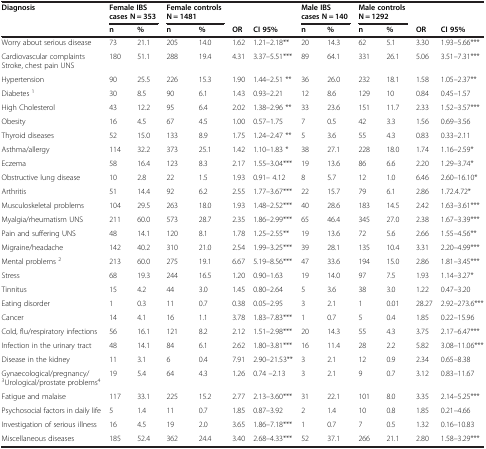
<table><thead><tr><td><b>Diagnosis</b></td><td colspan="2"><b>Female IBS cases N = 353</b></td><td colspan="2"><b>Female controls N = 1481</b></td><td><b> </b></td><td><b> </b></td><td colspan="2"><b>Male IBS cases N = 140</b></td><td colspan="2"><b>Male controls N = 1292</b></td><td><b> </b></td><td><b> </b></td></tr><tr><td><b> </b></td><td><b>n</b></td><td><b>%</b></td><td><b>n</b></td><td><b>%</b></td><td><b>OR</b></td><td><b>CI 95%</b></td><td><b>n</b></td><td><b>%</b></td><td><b>n</b></td><td><b>%</b></td><td><b>OR</b></td><td><b>CI 95%</b></td></tr></thead><tbody><tr><td>Worry about serious disease</td><td>73</td><td>21.1</td><td>205</td><td>14.0</td><td>1.62</td><td>1.21–2.18**</td><td>20</td><td>14.3</td><td>62</td><td>5.1</td><td>3.30</td><td>1.93–5.66***</td></tr><tr><td>Cardiovascular complaints Stroke, chest pain UNS</td><td>180</td><td>51.1</td><td>288</td><td>19.4</td><td>4.31</td><td>3.37–5.51***</td><td>89</td><td>64.1</td><td>331</td><td>26.1</td><td>5.06</td><td>3.51–7.31***</td></tr><tr><td>Hypertension</td><td>90</td><td>25.5</td><td>226</td><td>15.3</td><td>1.90</td><td>1.44–2.51 **</td><td>36</td><td>26.0</td><td>232</td><td>18.1</td><td>1.58</td><td>1.05–2.37**</td></tr><tr><td>Diabetes <sup>1</sup></td><td>30</td><td>8.5</td><td>90</td><td>6.1</td><td>1.43</td><td>0.93–2.21</td><td>12</td><td>8.6</td><td>129</td><td>10</td><td>0.84</td><td>0.45–1.57</td></tr><tr><td>High Cholesterol</td><td>43</td><td>12.2</td><td>95</td><td>6.4</td><td>2.02</td><td>1.38–2.96 **</td><td>33</td><td>23.6</td><td>151</td><td>11.7</td><td>2.33</td><td>1.52–3.57***</td></tr><tr><td>Obesity</td><td>16</td><td>4.5</td><td>67</td><td>4.5</td><td>1.00</td><td>0.57–1.75</td><td>7</td><td>0.5</td><td>42</td><td>3.3</td><td>1.56</td><td>0.69–3.56</td></tr><tr><td>Thyroid diseases</td><td>52</td><td>15.0</td><td>133</td><td>8.9</td><td>1.75</td><td>1.24–2.47 **</td><td>5</td><td>3.6</td><td>55</td><td>4.3</td><td>0.83</td><td>0.33–2.11</td></tr><tr><td>Asthma/allergy</td><td>114</td><td>32.2</td><td>373</td><td>25.1</td><td>1.42</td><td>1.10–1.83 *</td><td>38</td><td>27.1</td><td>228</td><td>18.0</td><td>1.74</td><td>1.16–2.59*</td></tr><tr><td>Eczema</td><td>58</td><td>16.4</td><td>123</td><td>8.3</td><td>2.17</td><td>1.55–3.04***</td><td>19</td><td>13.6</td><td>86</td><td>6.6</td><td>2.20</td><td>1.29–3.74*</td></tr><tr><td>Obstructive lung disease</td><td>10</td><td>2.8</td><td>22</td><td>1.5</td><td>1.93</td><td>0.91– 4.12</td><td>8</td><td>5.7</td><td>12</td><td>1.0</td><td>6.46</td><td>2.60–16.10*</td></tr><tr><td>Arthritis</td><td>51</td><td>14.4</td><td>92</td><td>6.2</td><td>2.55</td><td>1.77–3.67***</td><td>22</td><td>15.7</td><td>79</td><td>6.1</td><td>2.86</td><td>1.72.4.72*</td></tr><tr><td>Musculoskeletal problems</td><td>104</td><td>29.5</td><td>263</td><td>18.0</td><td>1.93</td><td>1.48–2.52***</td><td>40</td><td>28.6</td><td>183</td><td>14.5</td><td>2.42</td><td>1.63–3.61***</td></tr><tr><td>Myalgia/rheumatism UNS</td><td>211</td><td>60.0</td><td>573</td><td>28.7</td><td>2.35</td><td>1.86–2.99***</td><td>65</td><td>46.4</td><td>345</td><td>27.0</td><td>2.38</td><td>1.67–3.39***</td></tr><tr><td>Pain and suffering UNS</td><td>48</td><td>14.1</td><td>120</td><td>8.1</td><td>1.78</td><td>1.25–2.55**</td><td>19</td><td>13.6</td><td>72</td><td>5.6</td><td>2.66</td><td>1.55–4.56**</td></tr><tr><td>Migraine/headache</td><td>142</td><td>40.2</td><td>310</td><td>21.0</td><td>2.54</td><td>1.99–3.25***</td><td>39</td><td>28.1</td><td>135</td><td>10.4</td><td>3.31</td><td>2.20–4.99***</td></tr><tr><td>Mental problems <sup>2</sup></td><td>213</td><td>60.0</td><td>275</td><td>19.1</td><td>6.67</td><td>5.19–8.56***</td><td>47</td><td>33.6</td><td>194</td><td>15.0</td><td>2.86</td><td>1.81–3.45***</td></tr><tr><td>Stress</td><td>68</td><td>19.3</td><td>244</td><td>16.5</td><td>1.20</td><td>0.90–1.63</td><td>19</td><td>14.0</td><td>97</td><td>7.5</td><td>1.93</td><td>1.14–3.27*</td></tr><tr><td>Tinnitus</td><td>15</td><td>4.2</td><td>44</td><td>3.0</td><td>1.45</td><td>0.80–2.64</td><td>5</td><td>3.6</td><td>38</td><td>3.0</td><td>1.22</td><td>0.47–3.20</td></tr><tr><td>Eating disorder</td><td>1</td><td>0.3</td><td>11</td><td>0.7</td><td>0.38</td><td>0.05–2.95</td><td>3</td><td>2.1</td><td>1</td><td>0.01</td><td>28.27</td><td>2.92–273.6***</td></tr><tr><td>Cancer</td><td>14</td><td>4.1</td><td>16</td><td>1.1</td><td>3.78</td><td>1.83–7.83***</td><td>1</td><td>0.7</td><td>5</td><td>0.4</td><td>1.85</td><td>0.22–15.96</td></tr><tr><td>Cold, flu/respiratory infections</td><td>56</td><td>16.1</td><td>121</td><td>8.2</td><td>2.12</td><td>1.51–2.98***</td><td>20</td><td>14.3</td><td>55</td><td>4.3</td><td>3.75</td><td>2.17–6.47***</td></tr><tr><td>Infection in the urinary tract</td><td>48</td><td>14.1</td><td>84</td><td>6.1</td><td>2.62</td><td>1.80–3.81***</td><td>16</td><td>11.4</td><td>28</td><td>2.2</td><td>5.82</td><td>3.08–11.06***</td></tr><tr><td>Disease in the kidney</td><td>11</td><td>3.1</td><td>6</td><td>0.4</td><td>7.91</td><td>2.90–21.53**</td><td>3</td><td>2.1</td><td>12</td><td>0.9</td><td>2.34</td><td>0.65–8.38</td></tr><tr><td>Gynaecological/pregnancy/ <sup>3</sup>Urological/prostate problems<sup>4</sup></td><td>19</td><td>5.4</td><td>64</td><td>4.3</td><td>1.26</td><td>0.74 –2.13</td><td>3</td><td>2.1</td><td>9</td><td>0.7</td><td>3.12</td><td>0.83–11.67</td></tr><tr><td>Fatigue and malaise</td><td>117</td><td>33.1</td><td>225</td><td>15.2</td><td>2.77</td><td>2.13–3.60***</td><td>31</td><td>22.1</td><td>101</td><td>8.0</td><td>3.35</td><td>2.14–5.25***</td></tr><tr><td>Psychosocial factors in daily life</td><td>5</td><td>1.4</td><td>11</td><td>0.7</td><td>1.85</td><td>0.87–3.92</td><td>2</td><td>1.4</td><td>10</td><td>0.8</td><td>1.85</td><td>0.21–4.66</td></tr><tr><td>Investigation of serious illness</td><td>16</td><td>4.5</td><td>19</td><td>2.0</td><td>3.65</td><td>1.86–7.18***</td><td>1</td><td>0.7</td><td>7</td><td>0.5</td><td>1.32</td><td>0.16–10.83</td></tr><tr><td>Miscellaneous diseases</td><td>185</td><td>52.4</td><td>362</td><td>24.4</td><td>3.40</td><td>2.68–4.33***</td><td>52</td><td>37.1</td><td>266</td><td>21.1</td><td>2.80</td><td>1.58–3.29***</td></tr></tbody></table>